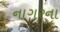
નાગરના